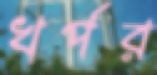
খর্পর